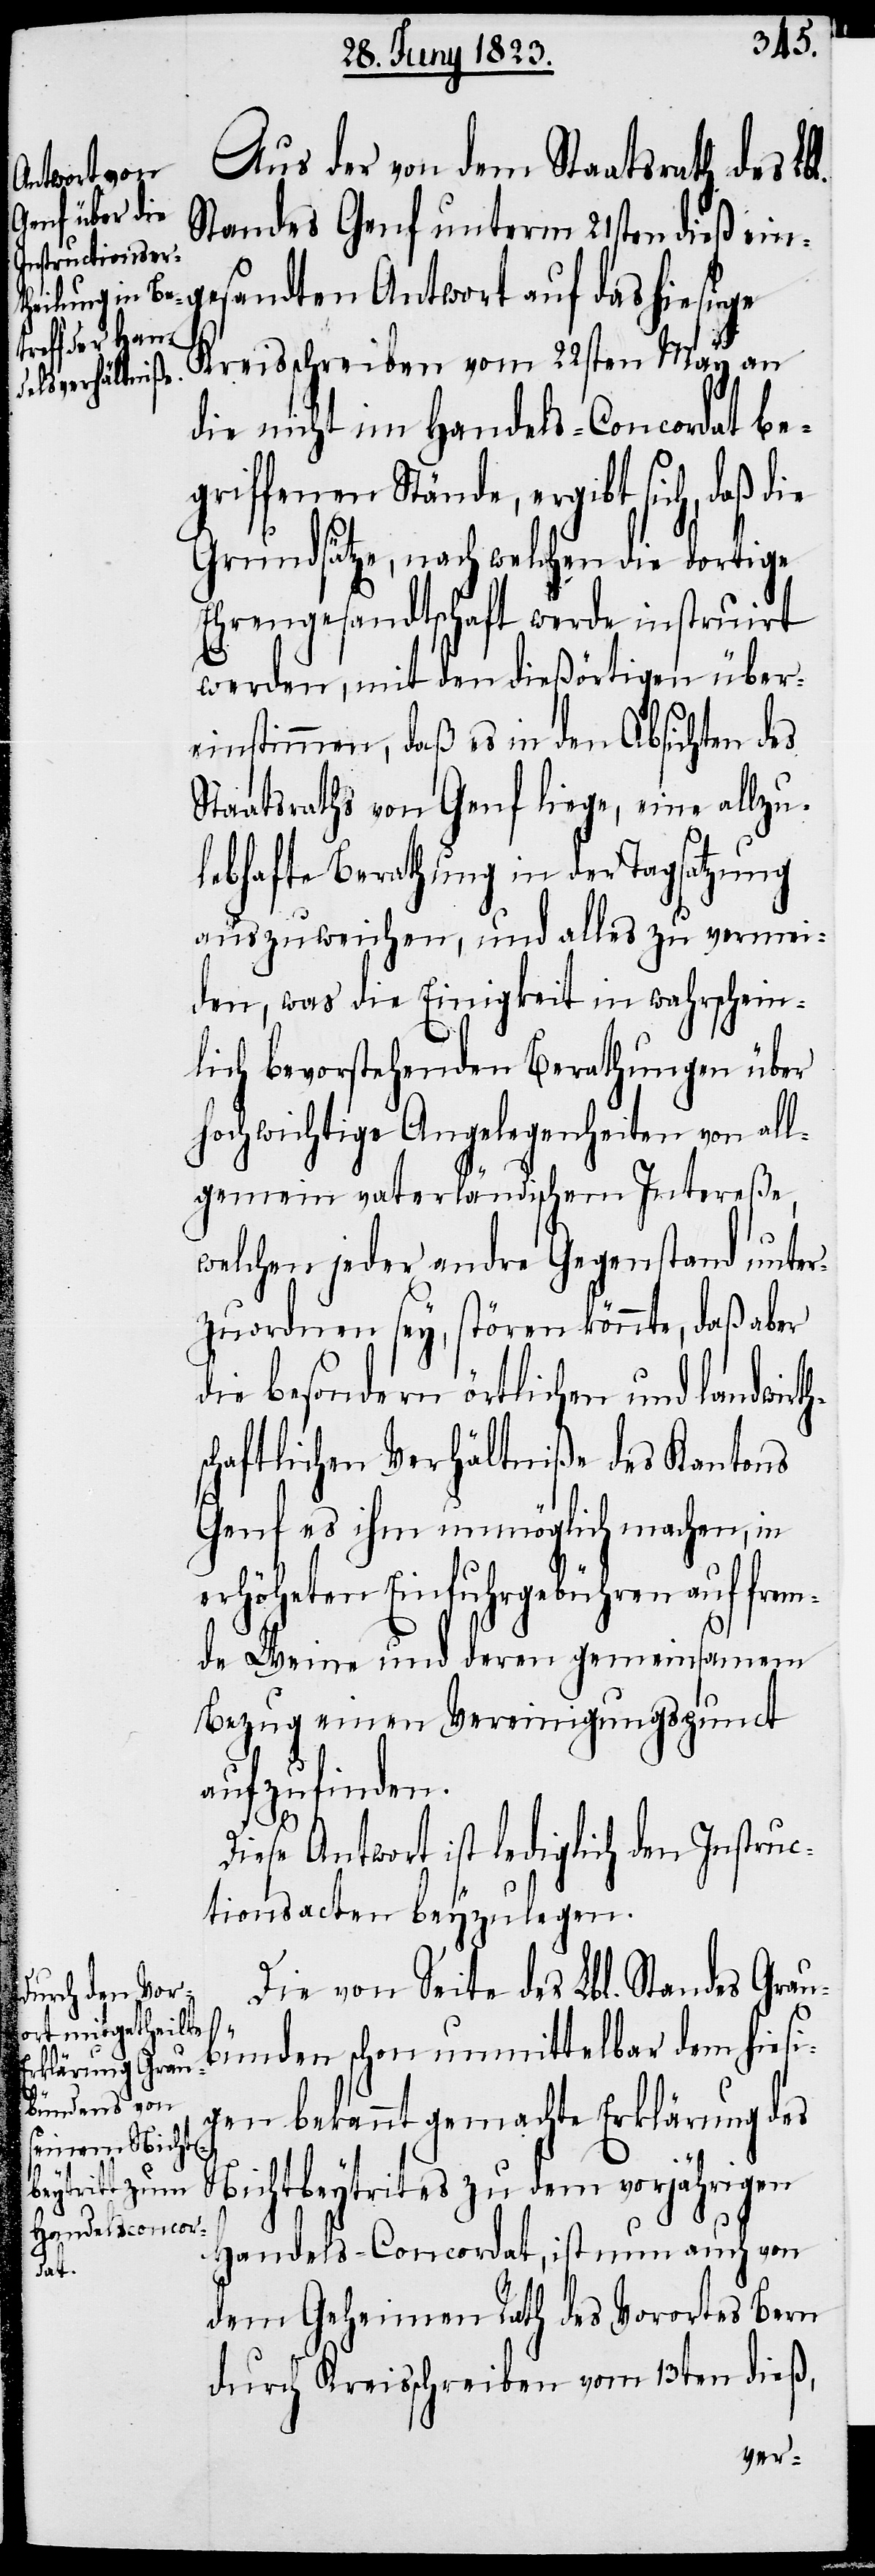
Aus der von dem Staatsrath des Lbl.
Standes Genf unterm 21sten dieß e¬
ingesandten Antwort auf das hiesige
Kreisschreiben vom 22sten May an
die nicht im Handels-Concordat be¬
griffenen Stände, ergibt sich, daß die
Grundsätze, nach welchen die dortige
Ehrengesandtschaft werde instruirt
werden, mit den dießörtigen über¬
einstimmen, daß es in den Absichten des
Staatsraths von Genf liege, eine allzu¬
lebhafte Berathung in der Tagsatzung
auszuweichen, und alles zu vermei¬
den, was die Einigkeit in wahrschein¬
lich bevorstehenden Berathungen über
hochwichtige Angelegenheiten von all¬
gemein vaterländischem Intereße,
welchen jeder andre Gegenstand unter¬
zuordnen sey, stören könnte, daß aber
die besondern örtlichen und landwirt¬
chaftlichen Verhältniße des Kantons
Genf es ihm unmöglich machen, in
erhöheten Einfuhrgebühren auf frem¬
de Weine und deren gemeinsamem
Bezug einen Vereinigungspunct
aufzufinden.
Diese Antwort ist lediglich den Instruc¬
tionsacten beyzulegen.
Die von Seite des Lbl. Standes Graub¬
ünden schon unmittelbar dem hiesi¬
gen bekannt gemachte Erklärung des
Nichtbeytrit[t]es zu dem vorjährigen
Handels-Concordat, ist nun auch von
dem Geheimen Rath des Vorortes Bern
durch Kreisschreiben vom 13ten dieß,

hs¬